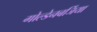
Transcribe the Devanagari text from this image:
गोल्डेनबर्जिया